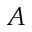
A